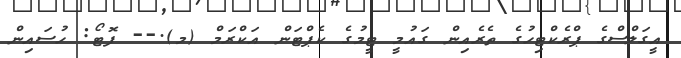
އީގަލްސްގެ ޕްރެކްޓިހުގެ ތެރެއިން ގައުމީ ޓީމުގެ ކެޕްޓަން އަކްރަމް (މ).-- ފޮޓޯ: ހުސައިން